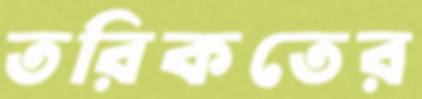
তরিকতের